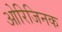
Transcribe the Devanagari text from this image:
ओरिजिनक